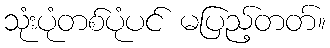
သုံးပုံတစ်ပုံပင် မပြည့်တတ်။